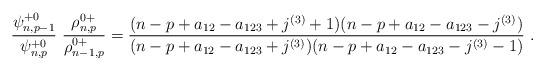
LaTeX: \begin{align*}\frac{ \psi^{+0}_{n,p-1}}{\psi^{+0}_{n,p}} \ \frac{\rho^{0+}_{n,p}}{\rho^{0+}_{n-1,p}}=\frac{(n-p+a_{12}-a_{123}+j^{(3)}+1)(n-p+a_{12}-a_{123}-j^{(3)})}{(n-p+a_{12}-a_{123}+j^{(3)})(n-p+a_{12}-a_{123}-j^{(3)}-1)}\ .\end{align*}